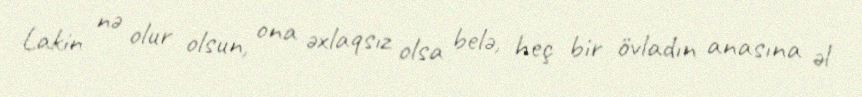
Lakin nə olur olsun, ona əxlaqsız olsa belə, heç bir övladın anasına əl